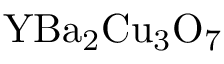
\mathrm { Y B a _ { 2 } C u _ { 3 } O _ { 7 } }